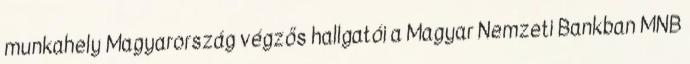
munkahely Magyarország végzős hallgatói a Magyar Nemzeti Bankban MNB